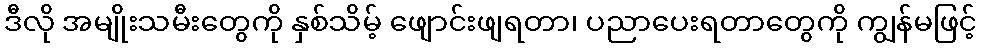
ဒီလို အမျိုးသမီးတွေကို နှစ်သိမ့် ဖျောင်းဖျရတာ၊ ပညာပေးရတာတွေကို ကျွန်မဖြင့်